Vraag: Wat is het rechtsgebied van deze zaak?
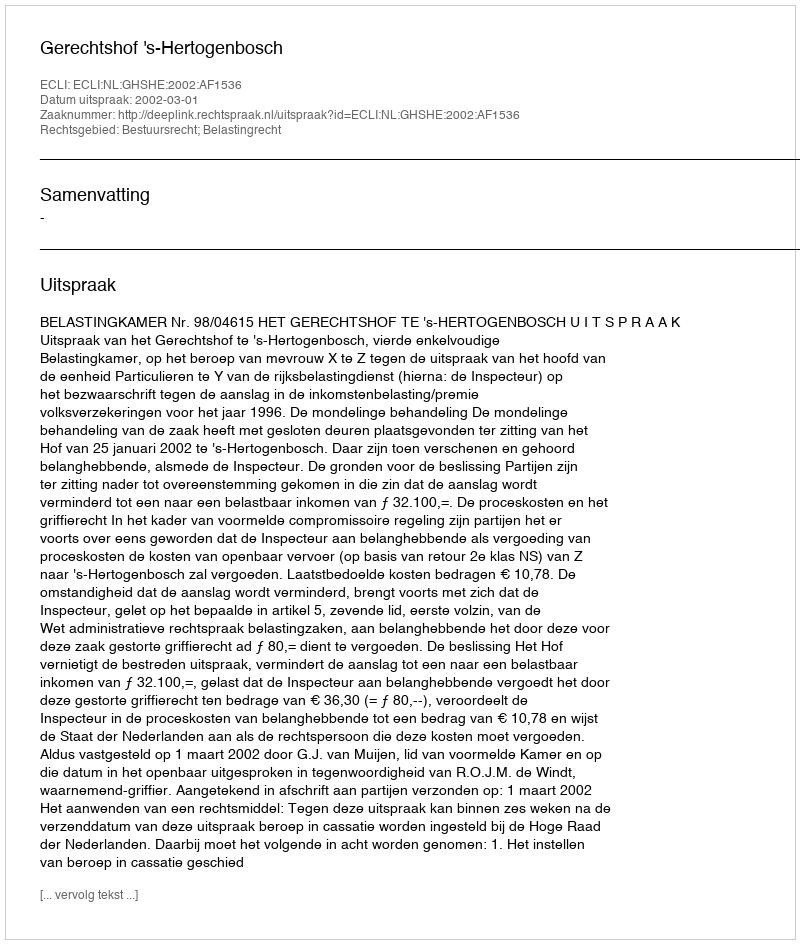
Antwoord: Bestuursrecht; Belastingrecht